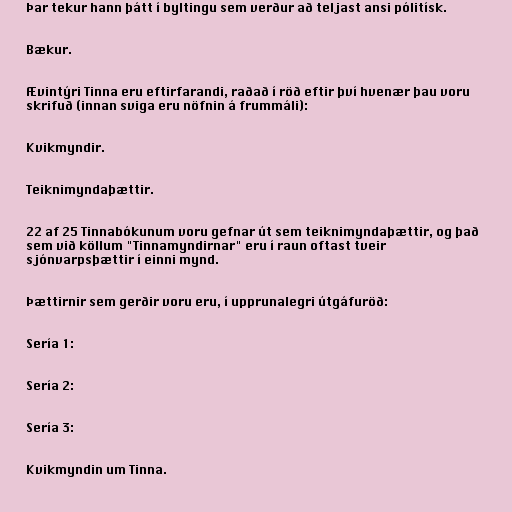
Þar tekur hann þátt í byltingu sem verður að teljast ansi pólitísk.

Bækur.

Ævintýri Tinna eru eftirfarandi, raðað í röð eftir því hvenær þau voru
skrifuð (innan sviga eru nöfnin á frummáli):

Kvikmyndir.

Teiknimyndaþættir.

22 af 25 Tinnabókunum voru gefnar út sem teiknimyndaþættir, og það
sem við köllum "Tinnamyndirnar" eru í raun oftast tveir
sjónvarpsþættir í einni mynd.

Þættirnir sem gerðir voru eru, í upprunalegri útgáfuröð:

Sería 1:

Sería 2:

Sería 3:

Kvikmyndin um Tinna.